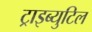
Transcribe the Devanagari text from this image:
ट्राइब्युटिल